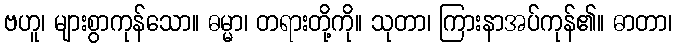
ဗဟူ၊ များစွာကုန်သော။ ဓမ္မာ၊ တရားတို့ကို။ သုတာ၊ ကြားနာအပ်ကုန်၏။ ဓာတာ၊